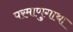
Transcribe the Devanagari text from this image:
परमाणुगाथा